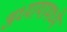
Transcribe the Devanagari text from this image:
अध्यायामध्ये